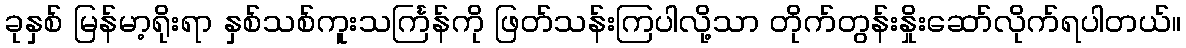
ခုနှစ် မြန်မာ့ရိုးရာ နှစ်သစ်ကူးသင်္ကြန်ကို ဖြတ်သန်းကြပါလို့သာ တိုက်တွန်းနှိုးဆော်လိုက်ရပါတယ်။